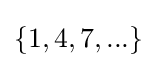
\{1,4,7,...\}